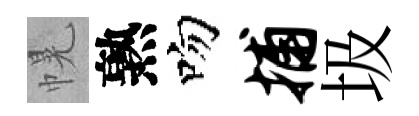
幌熟吻捕圾